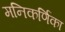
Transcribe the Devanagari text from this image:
मनिकर्णिका